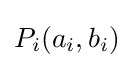
P_{i}(a_{i},b_{i})